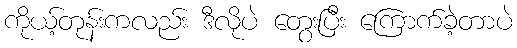
ကိုယ့်တုန်းကလည်း ဒီလိုပဲ တွေးပြီး ကြောက်ခဲ့တာပဲ